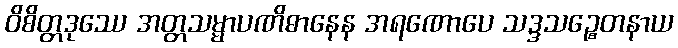
ဝိစိတ္တဒုဿေ အတ္တသမ္မာပဏိဓာနေန အရဏောပေ သဒ္ဒသဉ္စေတနာယ